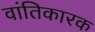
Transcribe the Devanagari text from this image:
वांतिकारक